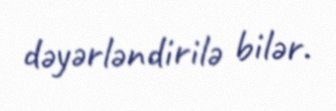
dəyərləndirilə bilər.